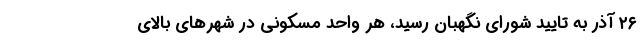
۲۶ آذر به تایید شورای نگهبان رسید، هر واحد مسکونی در شهرهای بالای